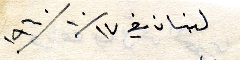
لبنان في ١٧/١٠/١٩٦٠